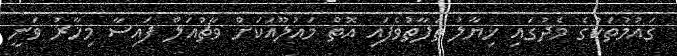
ގައުމުތަކުގެ މެދުގައި ޚިޔާލު ތަފާތުވެފައި އޮތް މައުލޫއަކަށް ވާޗުއަލް ފައިސާ މިހާރު ވަނީ